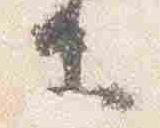
等